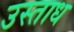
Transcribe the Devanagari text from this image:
उस्ताध